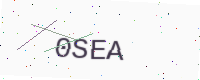
Text: 0SEA